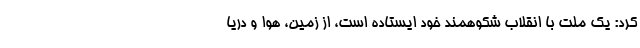
کرد: یک ملت با انقلاب شکوهمند خود ایستاده است، از زمین، هوا و دریا